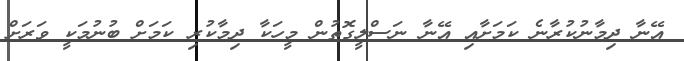
އޭނާ ދިމާނުކުރާނެ ކަމަށާއި އޭނާ ނަސްލީގޮތުން މީހަކާ ދިމާކުރި ކަމަށް ބުނުމަކީ ވަރަށް